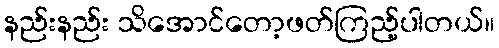
နည်းနည်း သိအောင်တော့ဖတ်ကြည့်ပါတယ်။